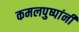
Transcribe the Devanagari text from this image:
कमलपुष्पांनी